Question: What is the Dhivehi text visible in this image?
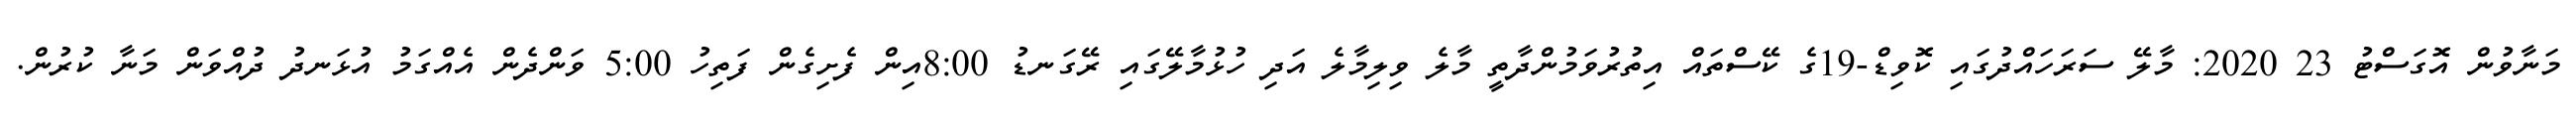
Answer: މަނާވުން އޮގަސްޓު 23 2020: މާލޭ ސަރަހައްދުގައި ކޮވިޑް-19ގެ ކޭސްތައް އިތުރުވަމުންދާތީ މާލެ ވިލިމާލެ އަދި ހުޅުމާލޭގައި ރޭގަނޑު 8:00އިން ފެށިގެން ފަތިހު 5:00 ވަންދެން އެއްގަމު އުޅަނދު ދުއްވަން މަނާ ކުރުން.